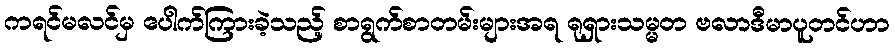
ကရင်မလင်မှ ပေါက်ကြားခဲ့သည့် စာရွက်စာတမ်းများအရ ရုရှားသမ္မတ ဗလာဒီမာပူတင်ဟာ